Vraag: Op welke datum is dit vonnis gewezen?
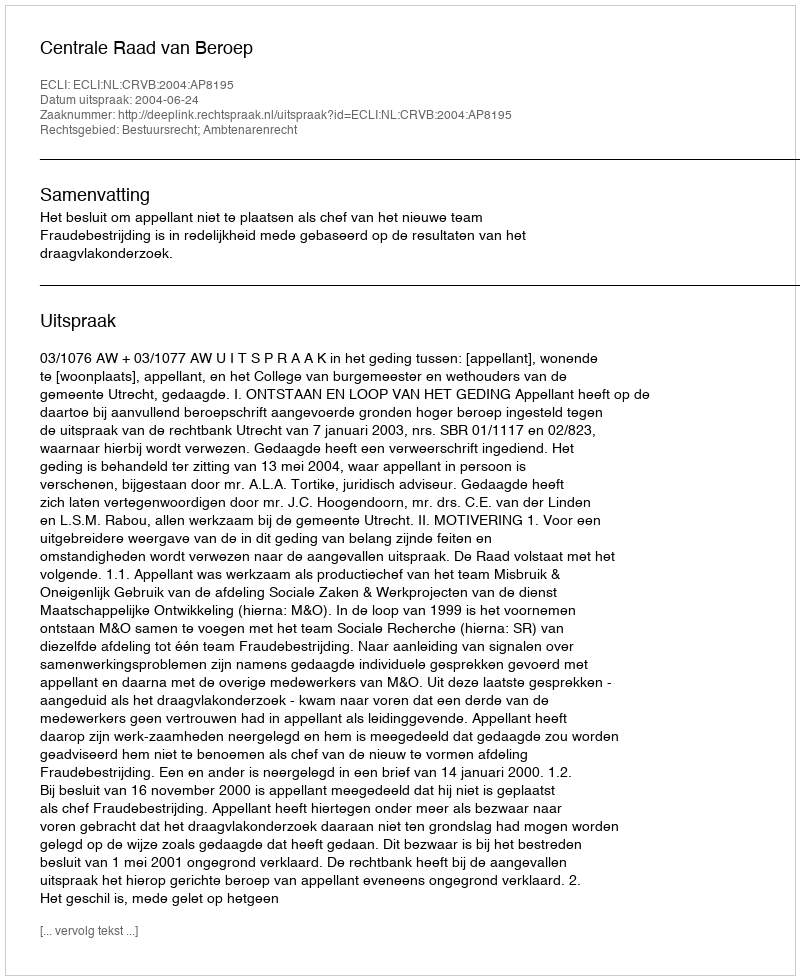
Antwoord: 2004-06-24